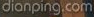
dianping.com